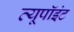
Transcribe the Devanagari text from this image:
व्यूपॉइंट